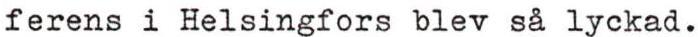
ferens i Helsingfors blev så lyckad.